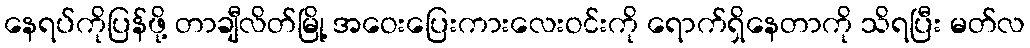
နေရပ်ကိုပြန်ဖို့ တာချီလိတ်မြို့ အဝေးပြေးကားလေးဝင်းကို ရောက်ရှိနေတာကို သိရပြီး မတ်လ